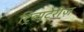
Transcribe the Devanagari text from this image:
ट्रिव्यूटेरीज़